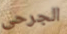
الجرحى